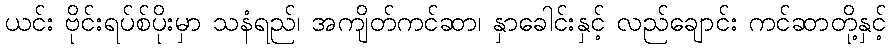
ယင်း ဗိုင်းရပ်စ်ပိုးမှာ သနံရည်၊ အကျိတ်ကင်ဆာ၊ နှာခေါင်းနှင့် လည်ချောင်း ကင်ဆာတို့နှင့်